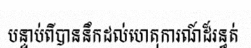
បន្ទាប់ពីបាននឹកដល់ហេតុការណ៍ដ៏រន្ធត់